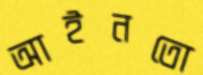
আইনতো